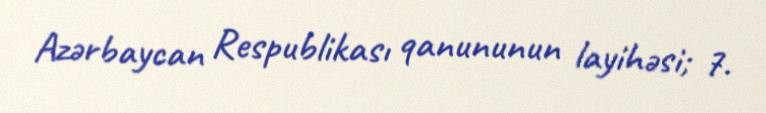
Azərbaycan Respublikası qanununun layihəsi; 7.